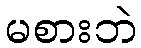
မစားဘဲ